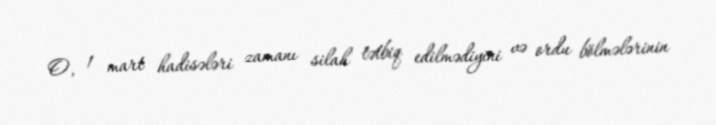
O, 1 mart hadisələri zamanı silah tətbiq edilmədiyini və ordu bölmələrinin